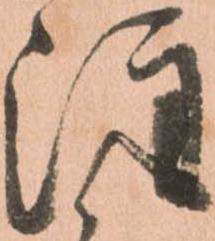
注